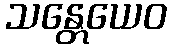
သန္တေယေဝ